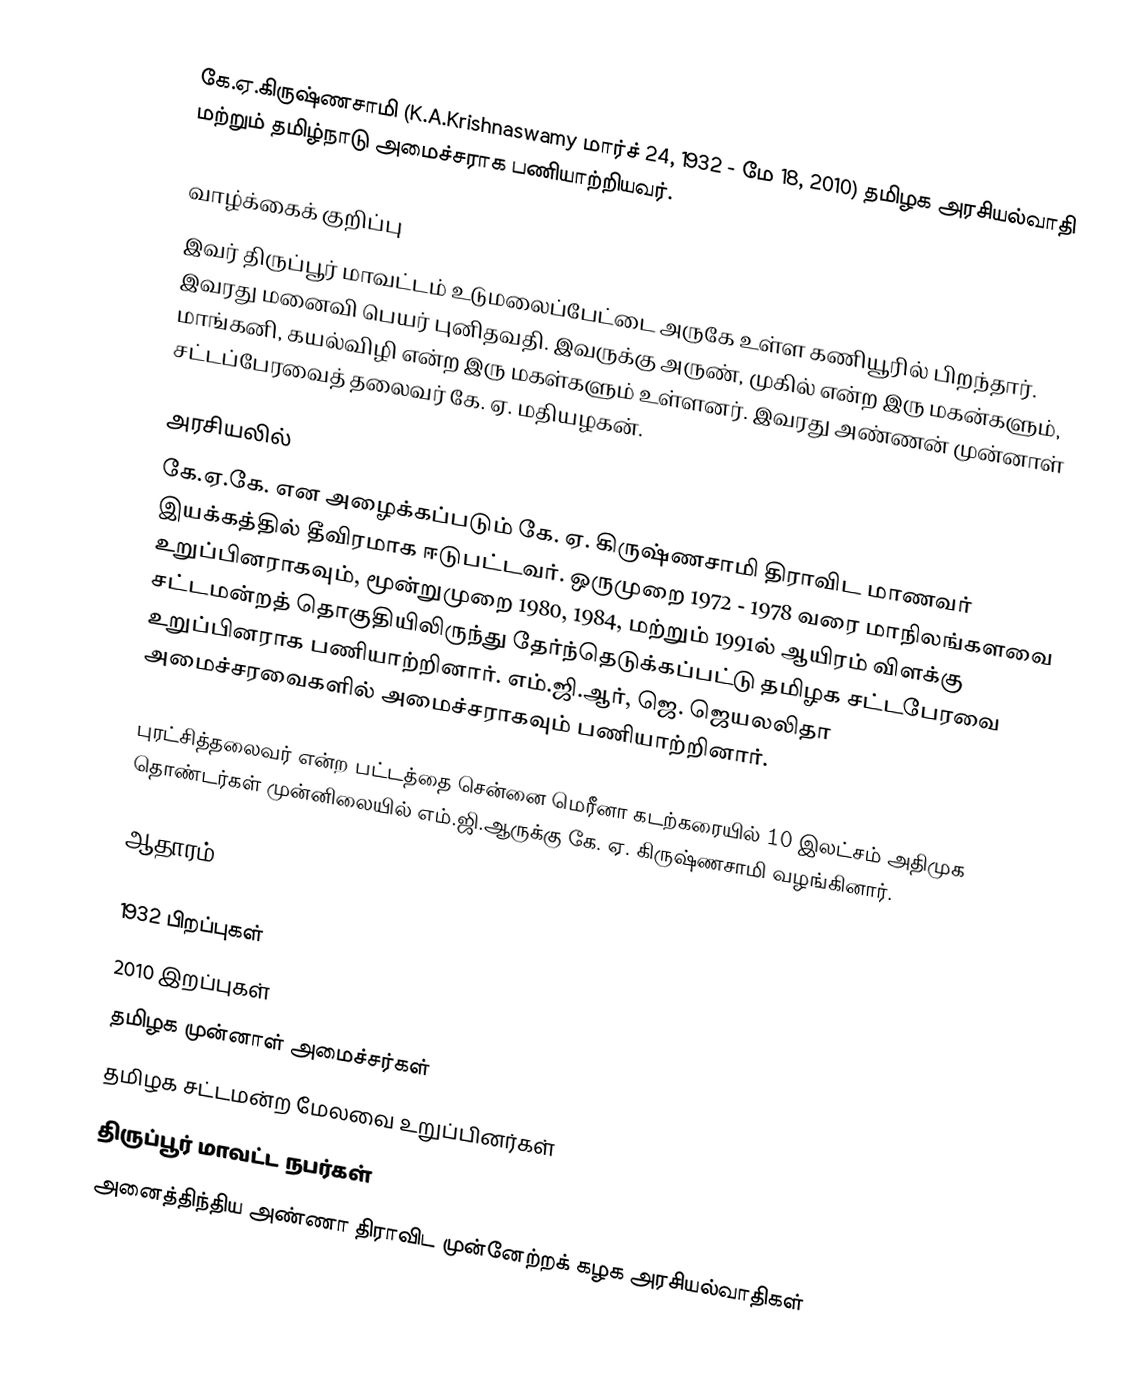
கே.ஏ.கிருஷ்ணசாமி (K.A.Krishnaswamy மார்ச் 24, 1932 - மே 18, 2010)   தமிழக அரசியல்வாதி மற்றும் தமிழ்நாடு அமைச்சராக பணியாற்றியவர்.

வாழ்க்கைக் குறிப்பு
இவர் திருப்பூர் மாவட்டம் உடுமலைப்பேட்டை அருகே உள்ள கணியூரில் பிறந்தார். இவரது மனைவி பெயர் புனிதவதி. இவருக்கு அருண், முகில் என்ற இரு மகன்களும், மாங்கனி, கயல்விழி என்ற இரு மகள்களும் உள்ளனர். இவரது அண்ணன் முன்னாள்  சட்டப்பேரவைத் தலைவர் கே. ஏ. மதியழகன்.

அரசியலில்
கே.ஏ.கே. என அழைக்கப்படும் கே. ஏ. கிருஷ்ணசாமி திராவிட மாணவர் இயக்கத்தில் தீவிரமாக ஈடுபட்டவர். ஒருமுறை 1972 - 1978 வரை மாநிலங்களவை உறுப்பினராகவும், மூன்றுமுறை 1980, 1984, மற்றும் 1991ல் ஆயிரம் விளக்கு சட்டமன்றத் தொகுதியிலிருந்து தேர்ந்தெடுக்கப்பட்டு தமிழக சட்டபேரவை உறுப்பினராக  பணியாற்றினார். எம்.ஜி.ஆர், ஜெ. ஜெயலலிதா அமைச்சரவைகளில்  அமைச்சராகவும்  பணியாற்றினார்.

புரட்சித்தலைவர் என்ற பட்டத்தை சென்னை மெரீனா கடற்கரையில் 10 இலட்சம் அதிமுக தொண்டர்கள் முன்னிலையில் எம்.ஜி.ஆருக்கு கே. ஏ. கிருஷ்ணசாமி  வழங்கினார்.

ஆதாரம்

1932 பிறப்புகள்
2010 இறப்புகள்
தமிழக முன்னாள் அமைச்சர்கள்
தமிழக சட்டமன்ற மேலவை உறுப்பினர்கள்
திருப்பூர் மாவட்ட நபர்கள்
அனைத்திந்திய அண்ணா திராவிட முன்னேற்றக் கழக அரசியல்வாதிகள்